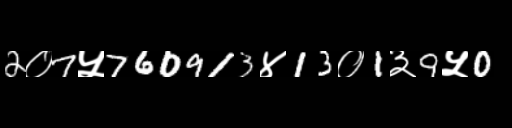
Text: 2०7५760913४13०1३9५0